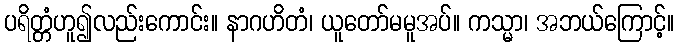
ပရိတ္တံဟူ၍လည်းကောင်း။ နာဂဟိတံ၊ ယူတော်မမူအပ်။ ကသ္မာ၊ အဘယ်ကြောင့်။